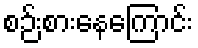
စဉ်းစားနေကြောင်း